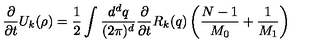
\frac { \partial } { \partial { t } } { U } _ { k } ( \rho ) = \frac { 1 } { 2 } \int \frac { { d } ^ { d } { q } } { ( 2 \pi ) ^ { d } } \frac { \partial } { \partial { t } } { R } _ { k } ( { q } ) \left( \frac { { N } - 1 } { { M } _ { 0 } } + \frac { 1 } { { M } _ { 1 } } \right)